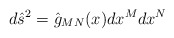
\begin{align*}d{\hat s}^{2}={\hat g}_{MN}(x)dx^{M}dx^{N}\end{align*}